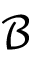
\mathcal { B }